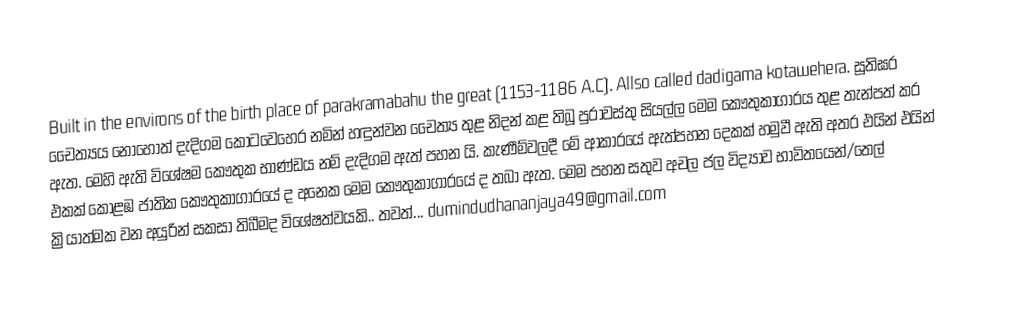
Built in the environs of the birth place of parakramabahu the great (1153-1186 A.C). Allso called dadigama kotawehera. සූතිඝර චෛත්‍යය නොහොත් දැදිගම කොටවෙහෙර නමින් හඳුන්වන චෛත්‍ය තුළ නිදන් කළ තිබූ පුරාවස්තු සියල්ල මෙම කෞතුකාගාරය තුළ තැන්පත් කර ඇත. මෙහි ඇති විශේෂම කෞතුක භාණ්ඩය නම් දැදිගම ඇත් පහන යි. කැණීම්වලදී මේ ආකාරයේ ඇත්පහන දෙකක් හමුවී ඇති අතර එයින් එයින් එකක් කොළඹ ජාතික කෞතුකාගාරයේ ද අනෙක මෙම කෞතුකාගාරයේ ද තබා ඇත. මෙම පහන සතුව අචල ජල විද්‍යාව භාවිතයෙන්/තෙල් ක්‍රියාත්මක වන අයුරින් සකසා තිබීමද විශේෂත්වයකි..   තවත්...                                                                                                                                                                                             dumindudhananjaya49@gmail.com